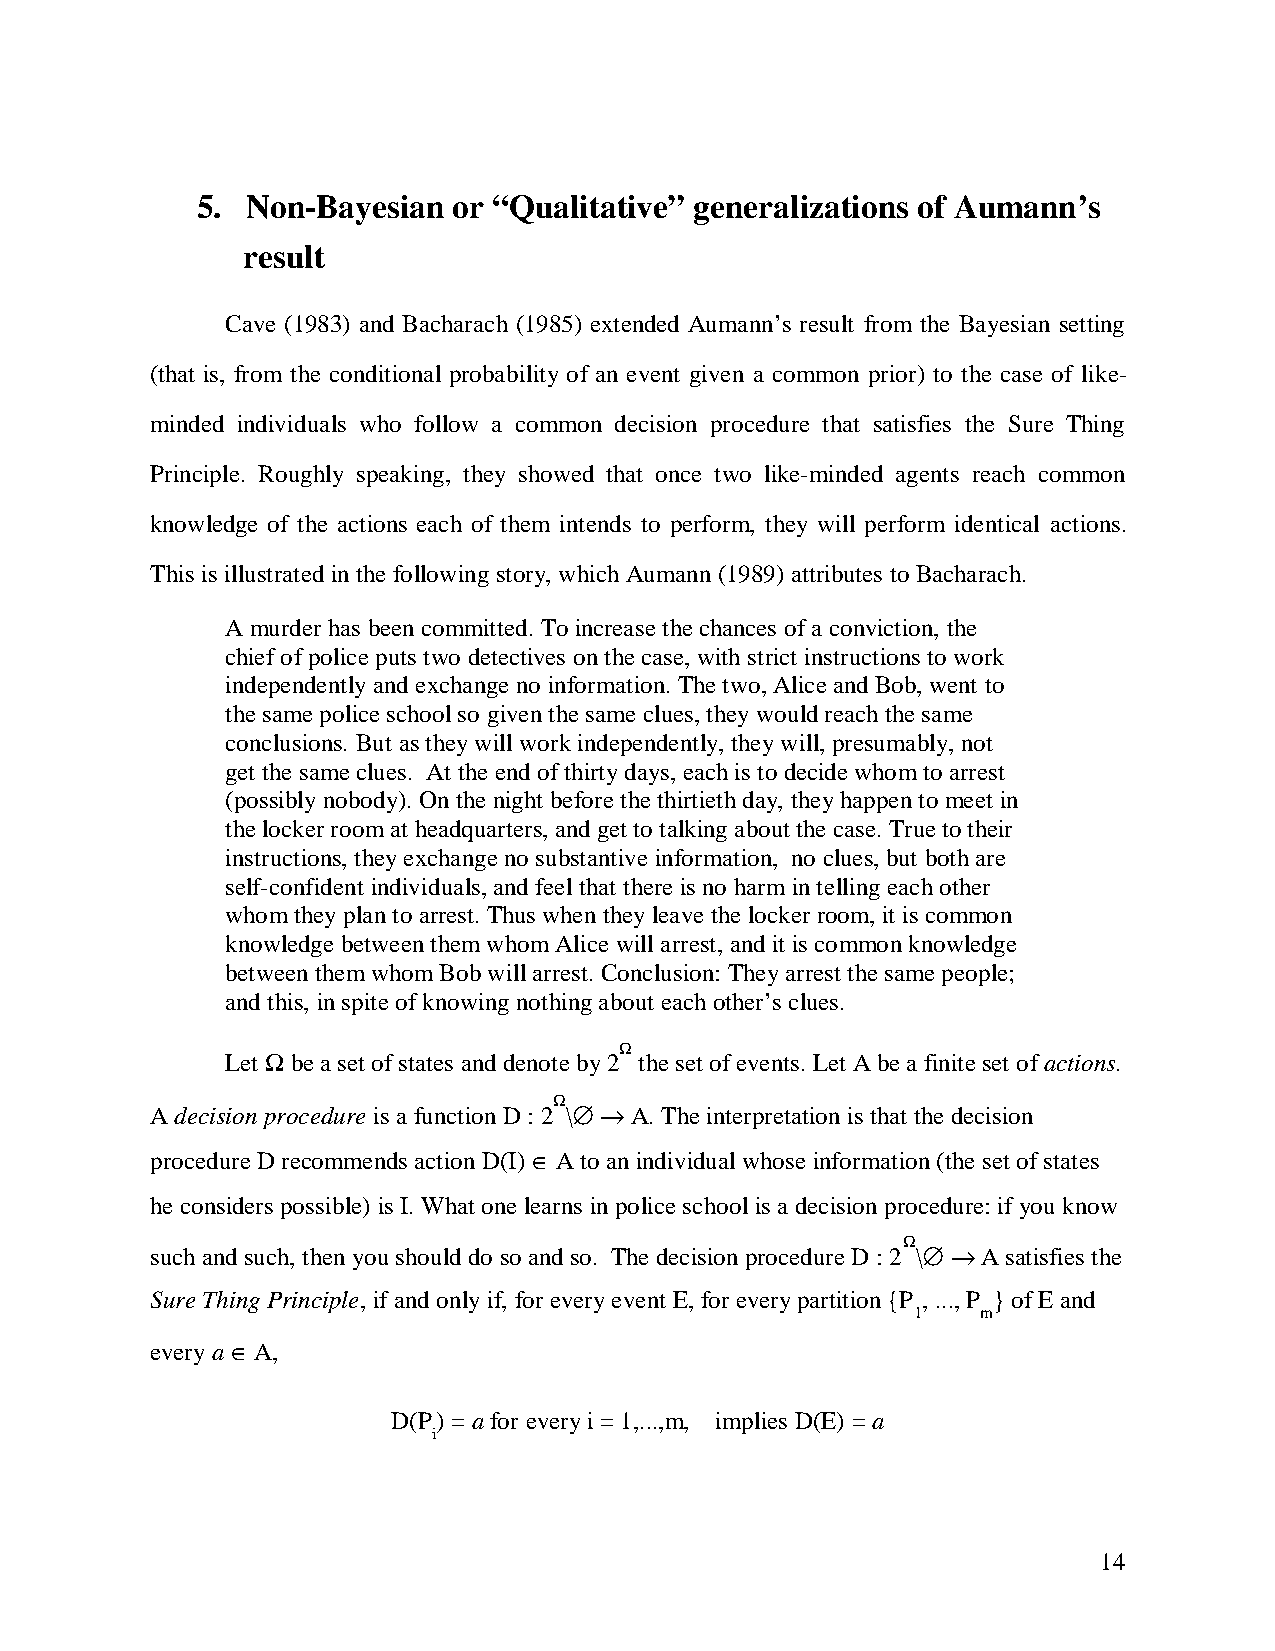
5. Non-Bayesian  or “Qualitative” generalizations of Aumann’s
 result
 Cave (1983) and Bacharach (1985) extended Aumann’s result from the Bayesian setting
 (that is, from the conditional probability of an event given a common prior) to the case of like-
 minded individuals who follow a common decision procedure that satisfies the Sure Thing
 Principle. Roughly speaking, they showed that once two like-minded agents reach common
 knowledge of the actions each of them intends to perform, they will perform identical actions.
 This is illustrated in the following story, which Aumann (1989) attributes to Bacharach.
 A murder has been committed. To increase the chances of a conviction, the
 chief of police puts two detectives on the case, with strict instructions to work
 independently and exchange no information. The two, Alice and Bob, went to
 the same police school so given the same clues, they would reach the same
 conclusions. But as they will work independently, they will, presumably, not
 get the same clues. At the end of thirty days, each is to decide whom to arrest
 (possibly nobody). On the night before the thirtieth day, they happen to meet in
 the locker room at headquarters, and get to talking about the case. True to their
 instructions, they exchange no substantive information, no clues, but both are
 self-confident individuals, and feel that there is no harm in telling each other
 whom they plan to arrest. Thus when they leave the locker room, it is common
 knowledge between them whom Alice will arrest, and it is common knowledge
 between them whom Bob will arrest. Conclusion: They arrest the same people;
 and this, in spite of knowing nothing about each other’s clues.
 W
 Let W be a set of states and denote by 2 the set of events. Let A be a finite set of actions.
 W
 A decision procedure is a function D : 2 \˘ fi A. The interpretation is that the decision
 procedure D recommends action D(I) ˛ A to an individual whose information (the set of states
 he considers possible) is I. What one learns in police school is a decision procedure: if you know
 W
 such and such, then you should do so and so. The decision procedure D : 2 \˘ fi A satisfies the
 Sure Thing Principle, if and only if, for every event E, for every partition {P , ..., P } of E and
 1    m
 every a ˛ A,
 D(P) = a for every i = 1,...,m, implies D(E) = a
 i
 14